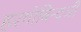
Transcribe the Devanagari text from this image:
हरगोबिन्दजी